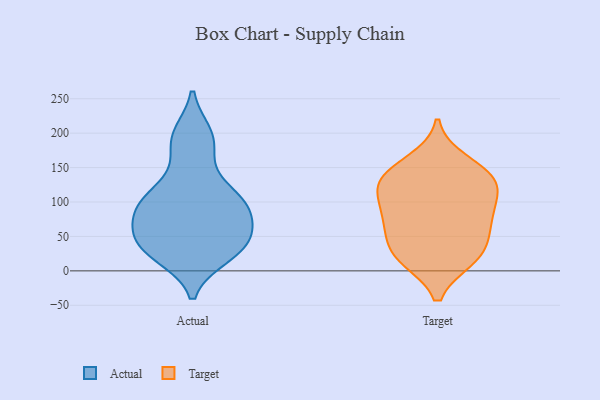
{"axis": {"x": "Satisfaction Score", "y": "Value"}, "legend": ["Actual", "Target"], "data": [{"x": "", "y": 93, "type": "Actual"}, {"x": "", "y": 198, "type": "Actual"}, {"x": "", "y": 26, "type": "Actual"}, {"x": "", "y": 47, "type": "Actual"}, {"x": "", "y": 176, "type": "Actual"}, {"x": "", "y": 101, "type": "Actual"}, {"x": "", "y": 84, "type": "Actual"}, {"x": "", "y": 41, "type": "Actual"}, {"x": "", "y": 129, "type": "Actual"}, {"x": "", "y": 29, "type": "Actual"}, {"x": "", "y": 43, "type": "Actual"}, {"x": "", "y": 60, "type": "Actual"}, {"x": "", "y": 80, "type": "Actual"}, {"x": "", "y": 22, "type": "Actual"}, {"x": "", "y": 99, "type": "Actual"}, {"x": "", "y": 195, "type": "Actual"}, {"x": "", "y": 107, "type": "Actual"}, {"x": "", "y": 18, "type": "Target"}, {"x": "", "y": 159, "type": "Target"}, {"x": "", "y": 134, "type": "Target"}, {"x": "", "y": 73, "type": "Target"}, {"x": "", "y": 18, "type": "Target"}, {"x": "", "y": 97, "type": "Target"}, {"x": "", "y": 133, "type": "Target"}, {"x": "", "y": 135, "type": "Target"}, {"x": "", "y": 130, "type": "Target"}, {"x": "", "y": 76, "type": "Target"}, {"x": "", "y": 39, "type": "Target"}, {"x": "", "y": 64, "type": "Target"}, {"x": "", "y": 106, "type": "Target"}, {"x": "", "y": 23, "type": "Target"}]}